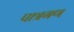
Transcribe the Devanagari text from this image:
पात्रगण